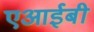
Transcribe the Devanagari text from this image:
एआईबी